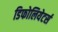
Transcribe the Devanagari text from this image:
डिफोलियेटर्स